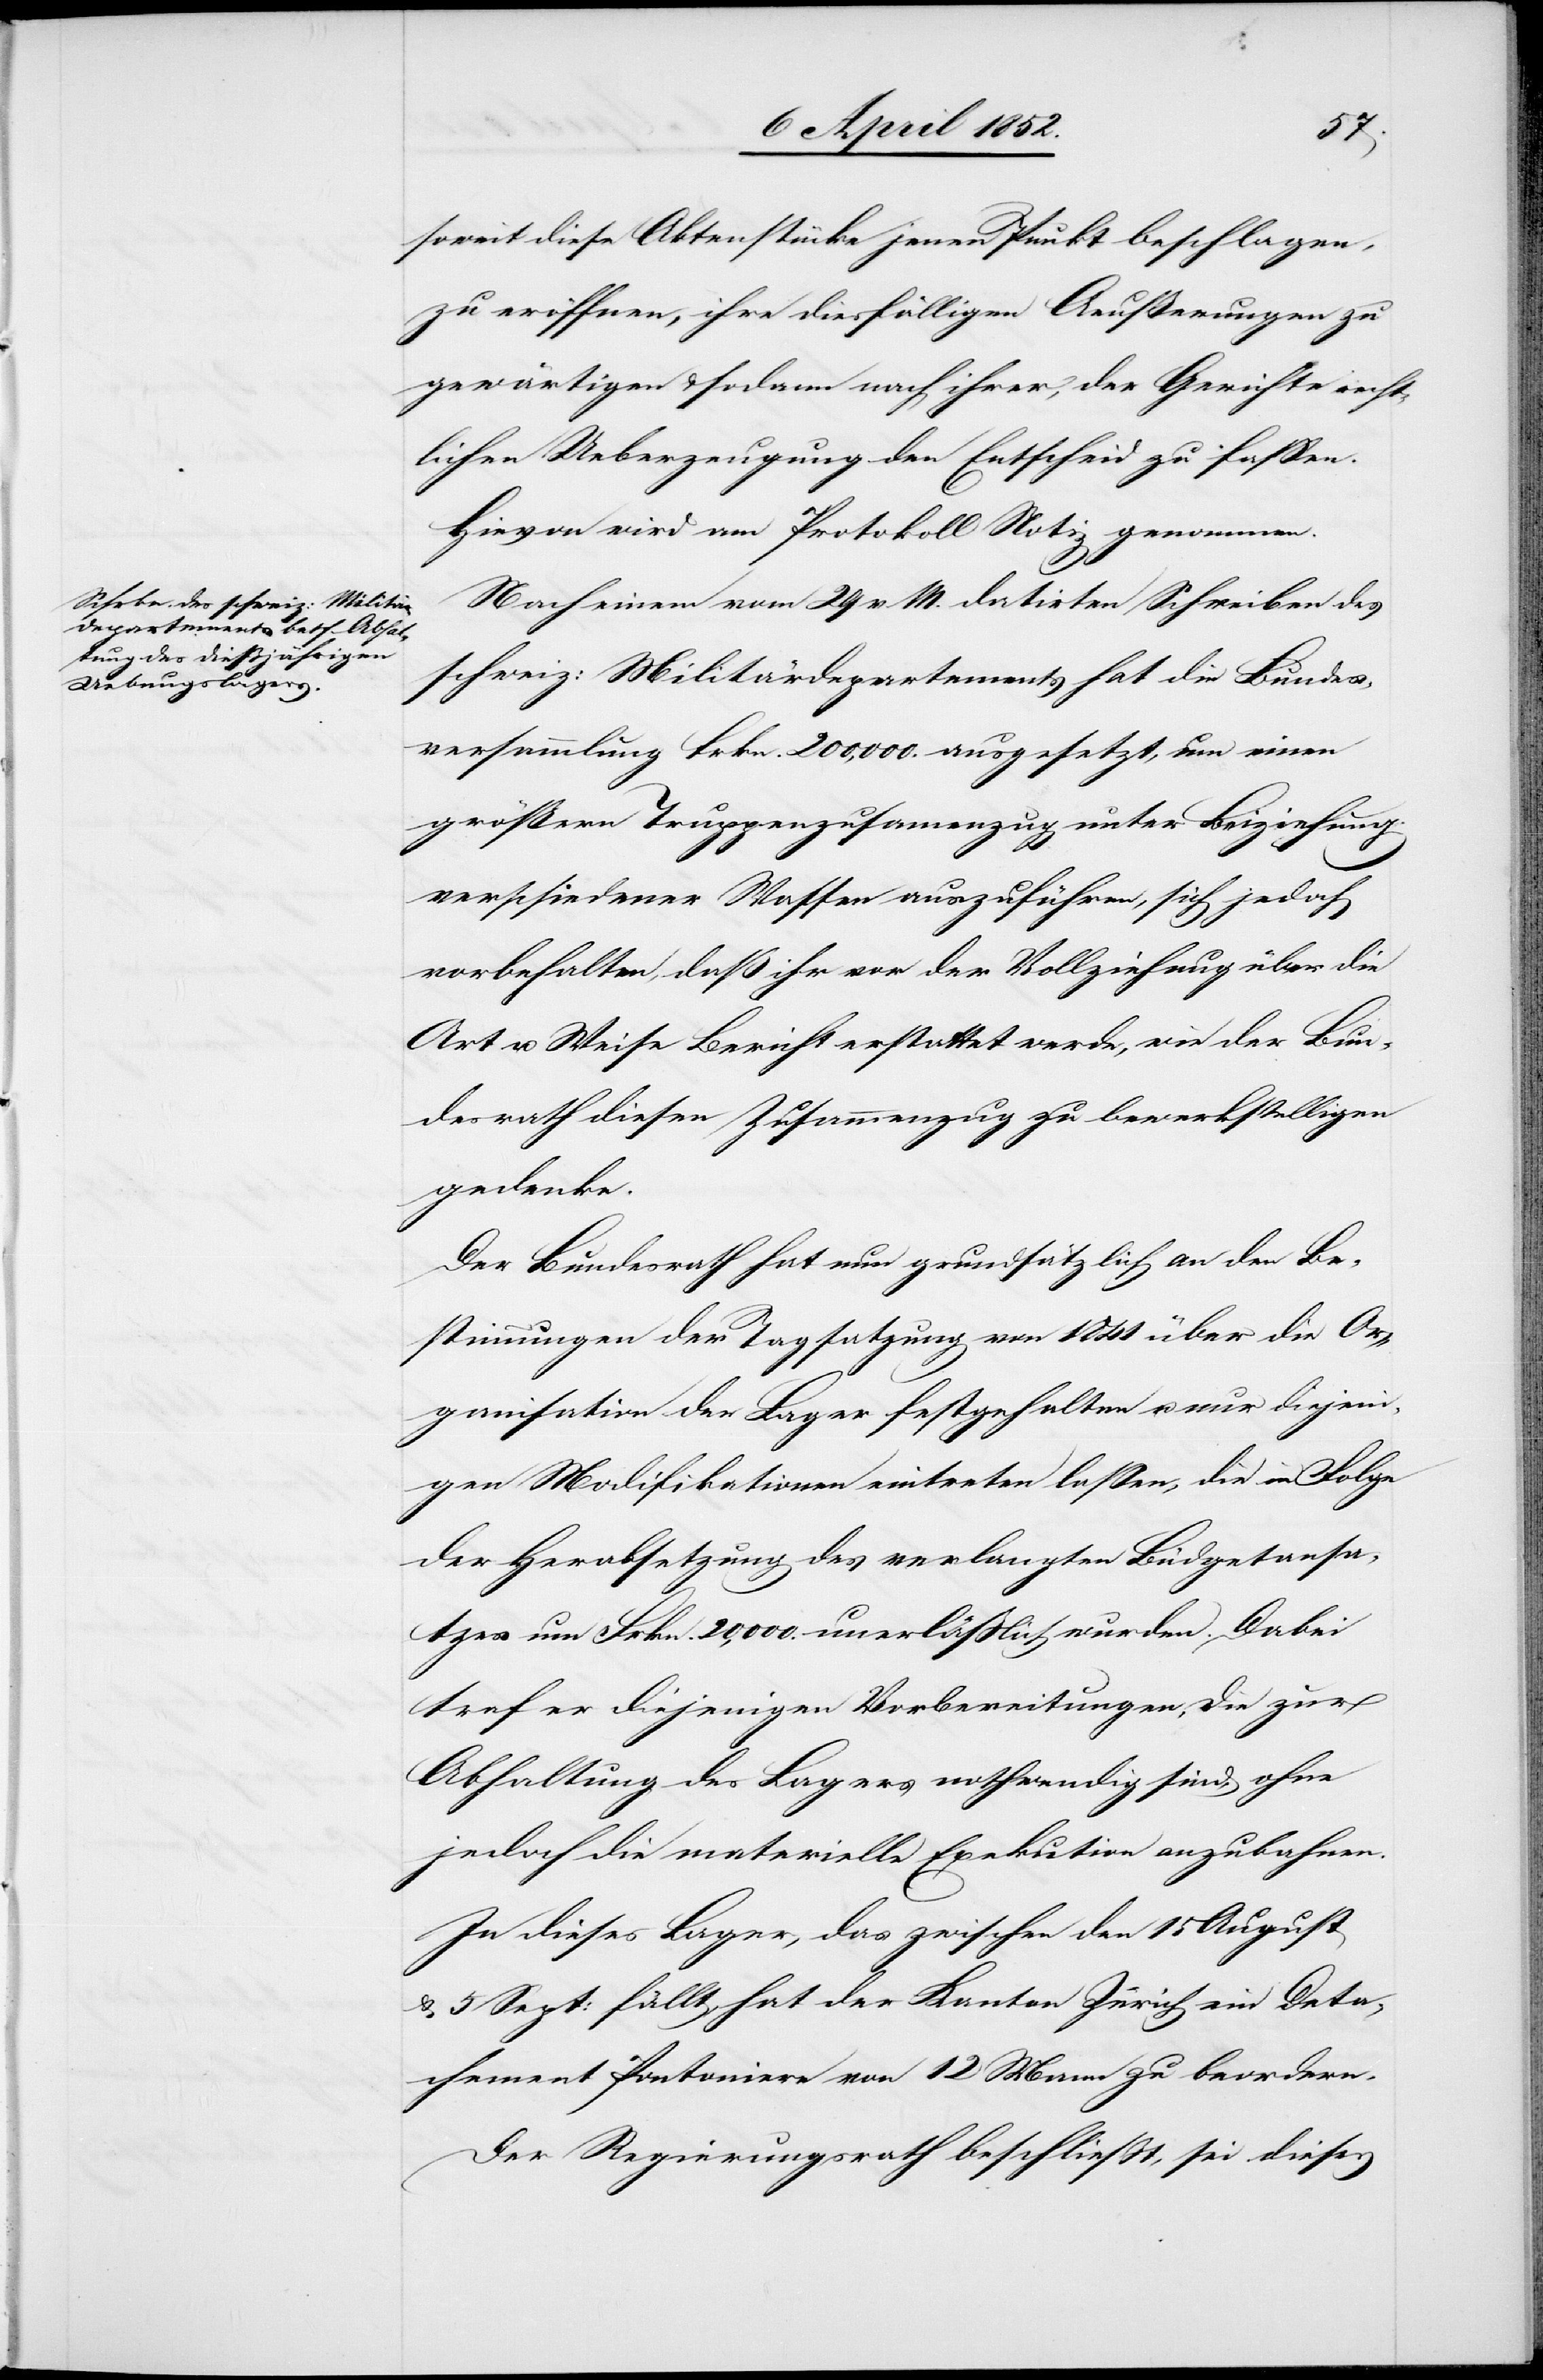
soweit diese Aktenstücke jenen Punkt beschlagen,
zu eröffnen, ihre diesfälligen Aeußerungen zu
gewärtigen & sodann nach ihrer, der Gerichte recht¬
lichen Ueberzeugung den Entscheid zu fassen.
Hievon wird am Protokoll Notiz genommen.
Nach einem vom 29 v. M. datirten Schreiben des
schweiz: Militärdepartements hat die Bundes¬
versammlung Frkn. 200,000. ausgesetzt, um einen
größern Truppenzusam[m]enzug unter Beiziehung
verschiedener Waffen auszuführen, sich jedoch
vorbehalten, daß ihr vor der Vollziehung über die
Art u. Weise Bericht erstattet werde, wie der Bu¬
ndesrath diesen Zusammenzug zu bewerkstelligen
gedenke.
Der Bundesrath hat nun grundsätzlich an den Be¬
stimmungen der Tagsatzung von 1841 über die Or¬
ganisation der Lager festgehalten u. nur diejeni¬
gen Modifikationen eintreten lassen, die in Folge
der Herabsetzung des verlangten Büdgetansa¬
tzes um Frkn. 20,000. unerlässlich wurden. Dabei
traf er diejenigen Vorbereitungen, die zur
Abhaltung des Lagers nothwendig sind, ohne
jedoch die materielle Exekution anzubahnen.
In dieses Lager, das zwischen den 15 August
& 5 Sept: fällt, hat der Kanton Zürich ein Deta¬
chement Pontoniere von 12 Mann zu beordern.
Der Regierungsrath beschliesst, sei dieses